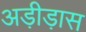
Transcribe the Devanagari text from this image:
अड़ीड़ास